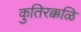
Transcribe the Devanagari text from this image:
कुतिरक्कळि